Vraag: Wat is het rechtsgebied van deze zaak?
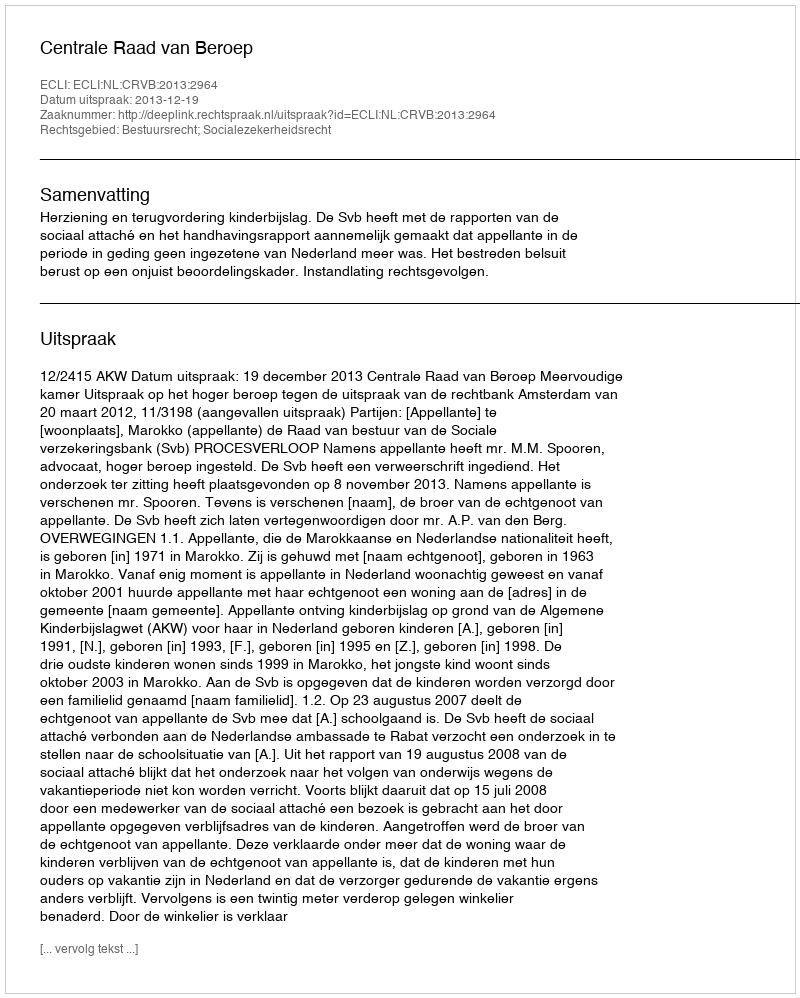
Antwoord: Bestuursrecht; Socialezekerheidsrecht